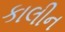
કાલીન